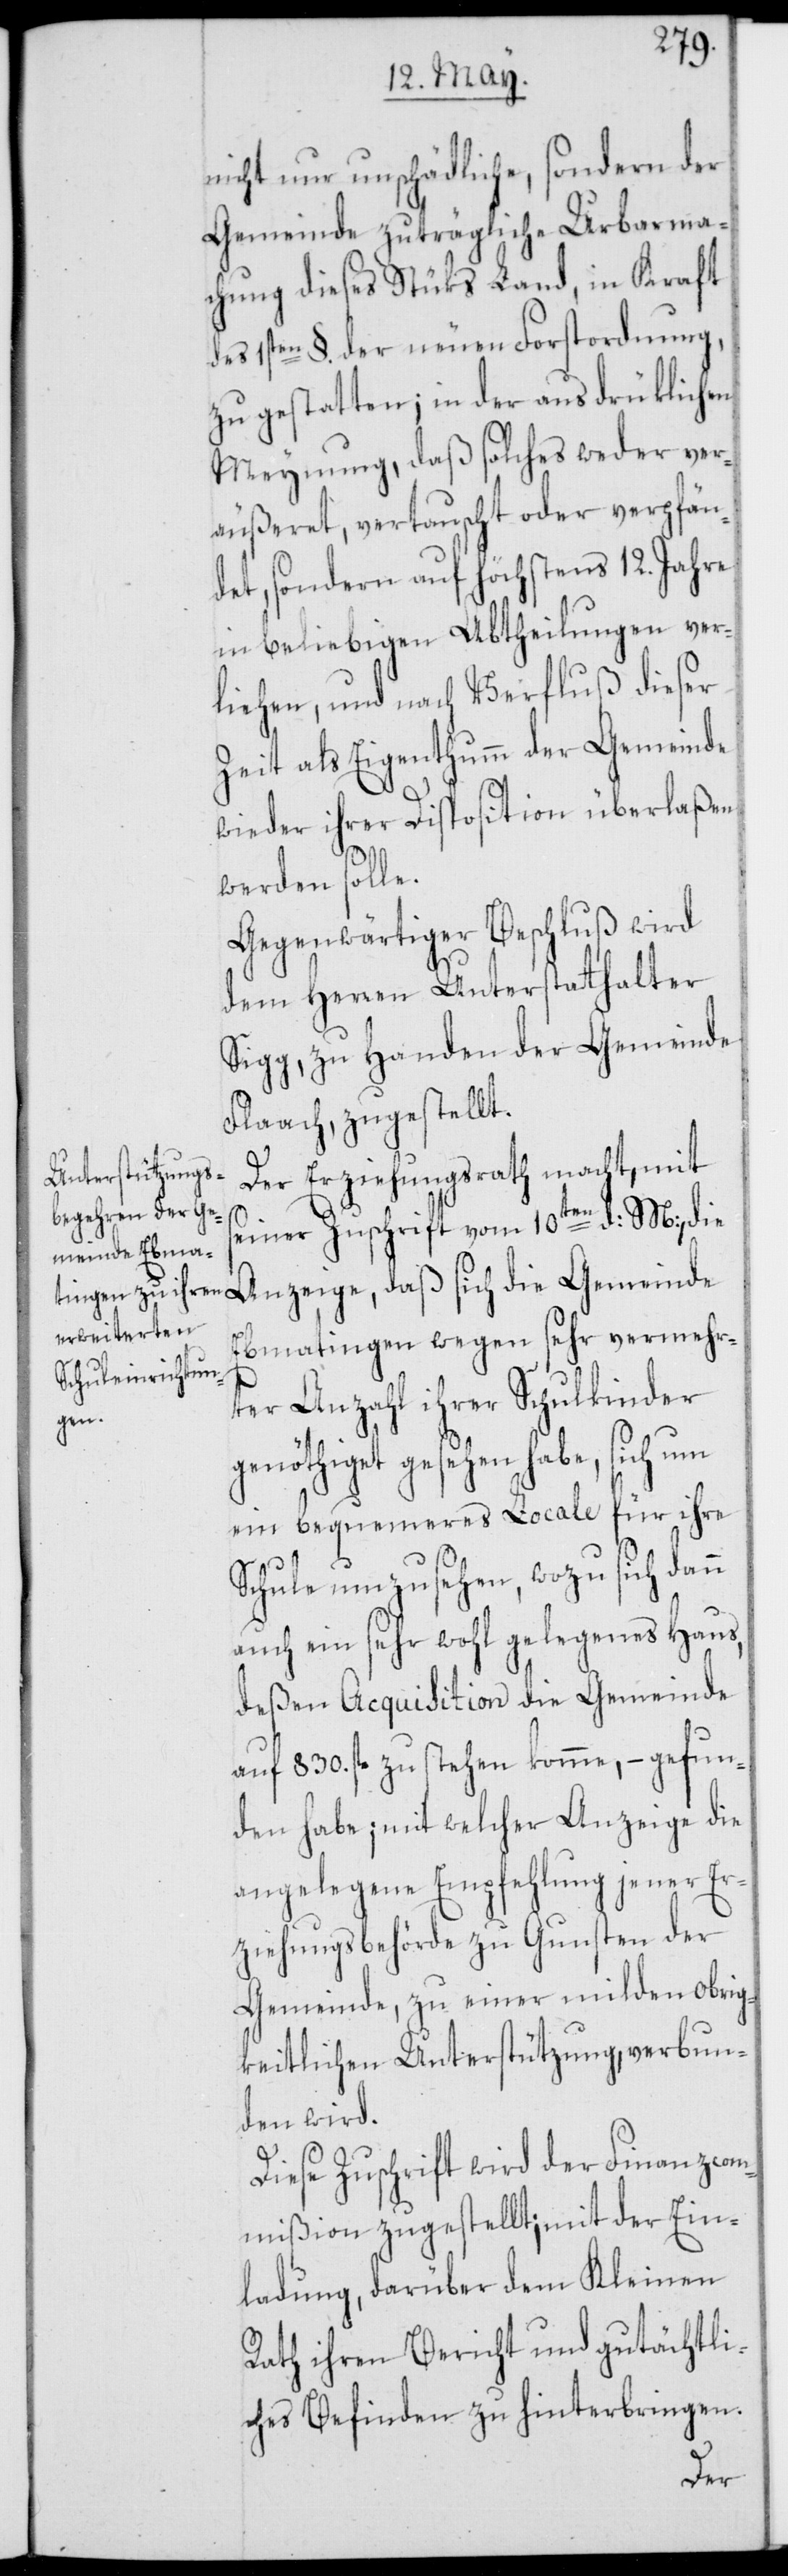
nicht nur unschädliche, sondern der
Gemeinde zuträgliche Urbarma¬
chung dieses Stüks Land, in Kraft
des 1sten §. der neuen Forstordnung,
zu gestatten; in der ausdrüklichen
Meynung, daß solches weder ver¬
äußeret, vertauscht oder verpfän¬
det, sondern auf höchstens 12. Jahre
in beliebigen Abtheilungen ver¬
liehen, und nach Verfluß dieser
Zeit als Eigenthum der Gemeinde
wieder ihrer Disposition überlaßen
werden solle.
Gegenwärtiger Beschluß wird
dem Herren Unterstatthalter
Sigg, zu Handen der Gemeinde
Flaach, zugestellt.
Der Erziehungsrath macht, mit
seiner Zuschrift vom 10ten d: M:, die
Anzeige, daß sich die Gemeinde
Ebmatingen wegen sehr vermehr¬
ter Anzahl ihrer Schulkinder
genöthiget gesehen habe, sich um
ein bequemeres Locale für ihre
Schule umzusehen, wozu sich dann
auch ein sehr wohl gelegenes Haus,
deßen Acquisition die Gemeinde
auf 830. fl. zu stehen komme, – gefun¬
den habe; mit welcher Anzeige die
angelegene Empfehlung jener Er¬
ziehungsbehörde zu Gunsten der
Gemeinde, zu einer milden obrig¬
keitlichen Unterstützung, verbun¬
den wird.
Diese Zuschrift wird der Finanzcom¬
mißion zugestellt; mit der Ein¬
ladung, darüber dem Kleinen
Rath ihren Bericht und gutächtli¬
ches Befinden zu hinterbringen.